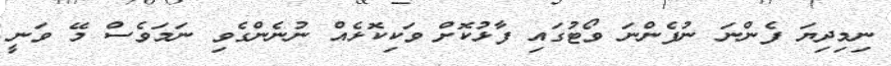
ނިމިދިޔަ ފެންނަ ނުފެންނަ ވޯޓުގައި ފާޅުކޮށް ވަކިކޮޅެއް ނުނެންގެވި ނަމަވެސް މޭ ވަނީ